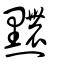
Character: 𪒬